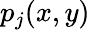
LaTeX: p_{j}(x,y)